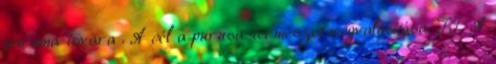
parama-ísvara . A cél a purusa-természet megvalósítása. II. A